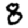
Digit: 8